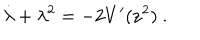
\dot { \lambda } + \lambda ^ { 2 } = - 2 V ^ { \prime } ( { \bf z } ^ { 2 } ) \ .